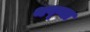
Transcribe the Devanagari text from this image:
थप्प्या